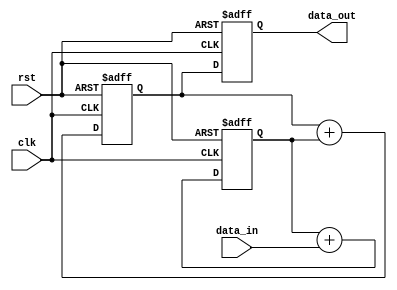
module cascaded_accumulator(
  input clk,
  input rst,
  input [7:0] data_in,
  output reg [7:0] data_out
);

reg [7:0] result1, result2;

always @(posedge clk or posedge rst)
begin
  if (rst)
  begin
    result1 <= 8'b0;
    result2 <= 8'b0;
    data_out <= 8'b0;
  end
  else
  begin
    result1 <= result1 + data_in;
    result2 <= result2 + result1;
    data_out <= result2;
  end
end

endmodule